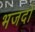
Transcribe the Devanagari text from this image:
भजदो